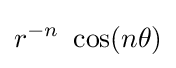
r^{-n}~\cos(n\theta )